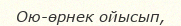
Ою-өрнек ойысып,